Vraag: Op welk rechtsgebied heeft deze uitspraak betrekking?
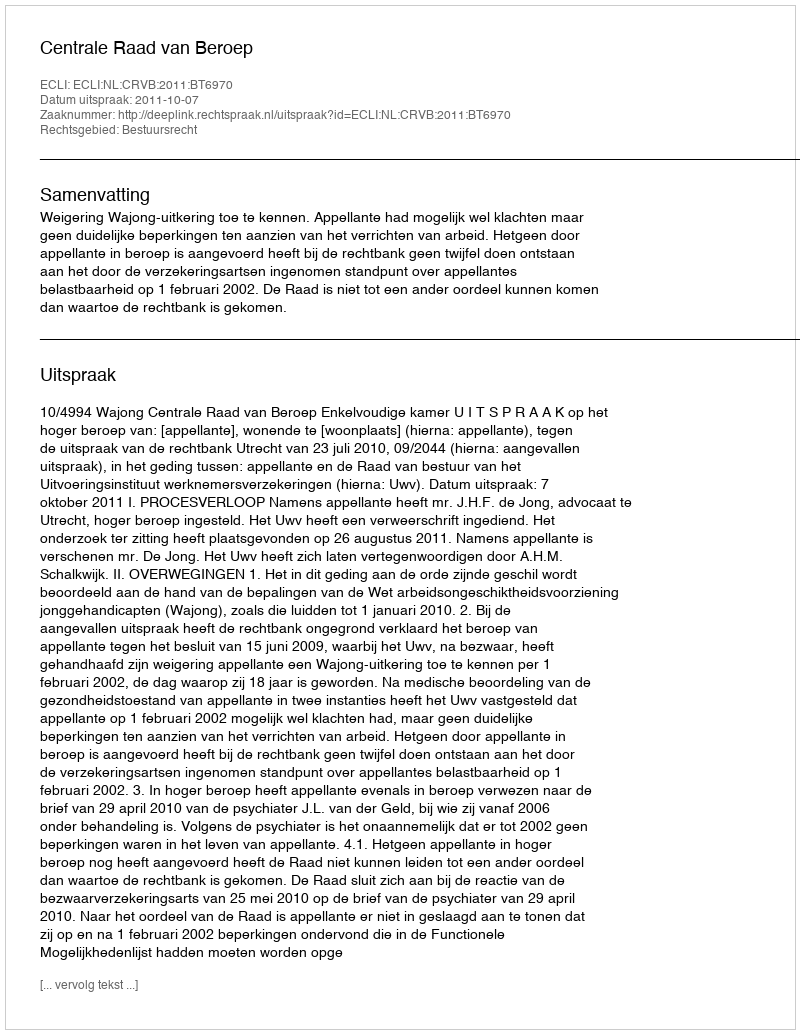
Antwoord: Bestuursrecht